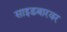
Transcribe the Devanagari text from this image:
साइडबारवर